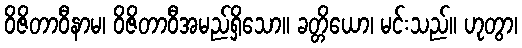
ဝိဇိတာဝီနာမ၊ ဝိဇိတာဝီအမည်ရှိသော။ ခတ္တိယော၊ မင်းသည်။ ဟုတွာ၊